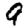
Digit: 9